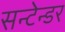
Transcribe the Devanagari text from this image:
सन्टेन्डर